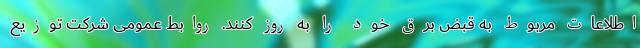
اطلاعات مربوط به قبض برق خود را به روز کنند. روابط عمومی شرکت توزیع